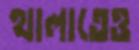
থালাতেও